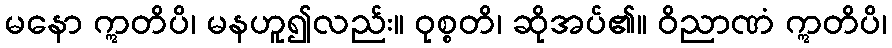
မနော ဣတိပိ၊ မနဟူ၍လည်း။ ဝုစ္စတိ၊ ဆိုအပ်၏။ ဝိညာဏံ ဣတိပိ၊